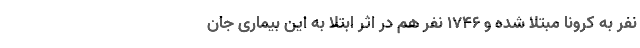
نفر به کرونا مبتلا شده و 1746 نفر هم در اثر ابتلا به این بیماری جان